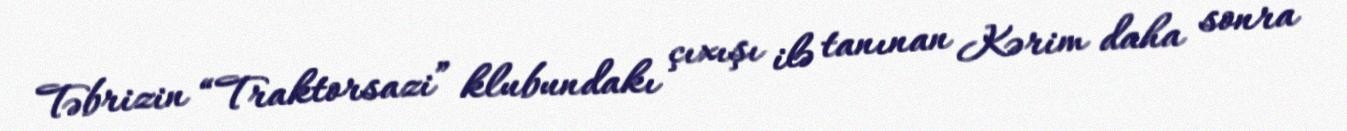
Təbrizin “Traktorsazi” klubundakı çıxışı ilə tanınan Kərim daha sonra